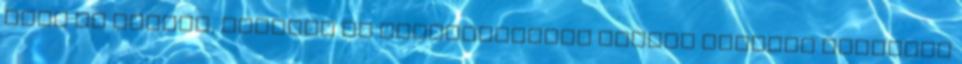
mind az óvodai, iskolai és intézményeken kívüli oktatás keretein